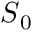
\ensuremath { \boldsymbol { S } } _ { 0 }